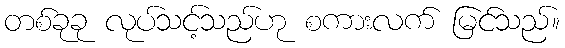
တစ်ခုခု လုပ်သင့်သည်ဟု စကားလက် မြင်သည်။